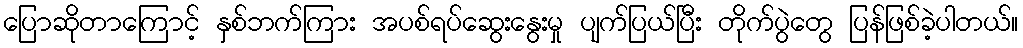
ပြောဆိုတာကြောင့် နှစ်ဘက်ကြား အပစ်ရပ်ဆွေးနွေးမှု ပျက်ပြယ်ပြီး တိုက်ပွဲတွေ ပြန်ဖြစ်ခဲ့ပါတယ်။